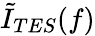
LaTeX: \tilde{I}_{TES}(f)